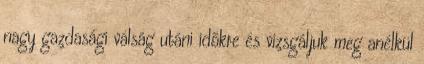
nagy gazdasági válság utáni időkre és vizsgáljuk meg anélkül